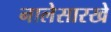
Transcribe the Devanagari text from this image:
नालेसारखे